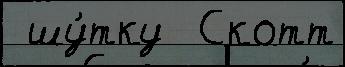
 шу́тку  Скотт